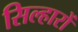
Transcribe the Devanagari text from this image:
सिल्हारों